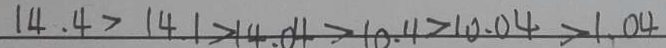
1 4 . 4 > 1 4 . 1 > 1 4 . 0 4 > 1 0 . 4 > 1 0 . 0 4 > 1 . 0 4